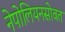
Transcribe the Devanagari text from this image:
नेपोलियनसोबत